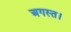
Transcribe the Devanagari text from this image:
अगस्त।